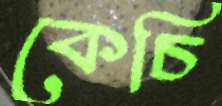
কেচি